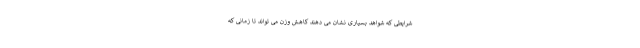
شرایطی که شواهد بسیاری نشان می دهند کاهش وزن می تواند تا زمانی که